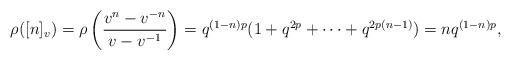
LaTeX: \begin{align*}\rho([n]_v)=\rho\left(\frac{v^n-v^{-n}}{v-v^{-1}}\right) = q^{(1-n)p}(1+q^{2p}+\cdots+q^{2p(n-1)})=nq^{(1-n)p},\end{align*}